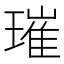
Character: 璀